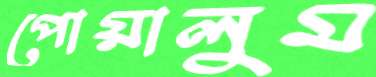
পোয়ালুম